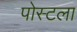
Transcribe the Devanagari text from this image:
पोस्टला